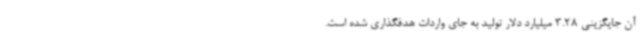
آن جایگزینی 3.28 میلیارد دلار تولید به جای واردات هدفگذاری شده است.